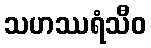
သဟဿရံသီဝ